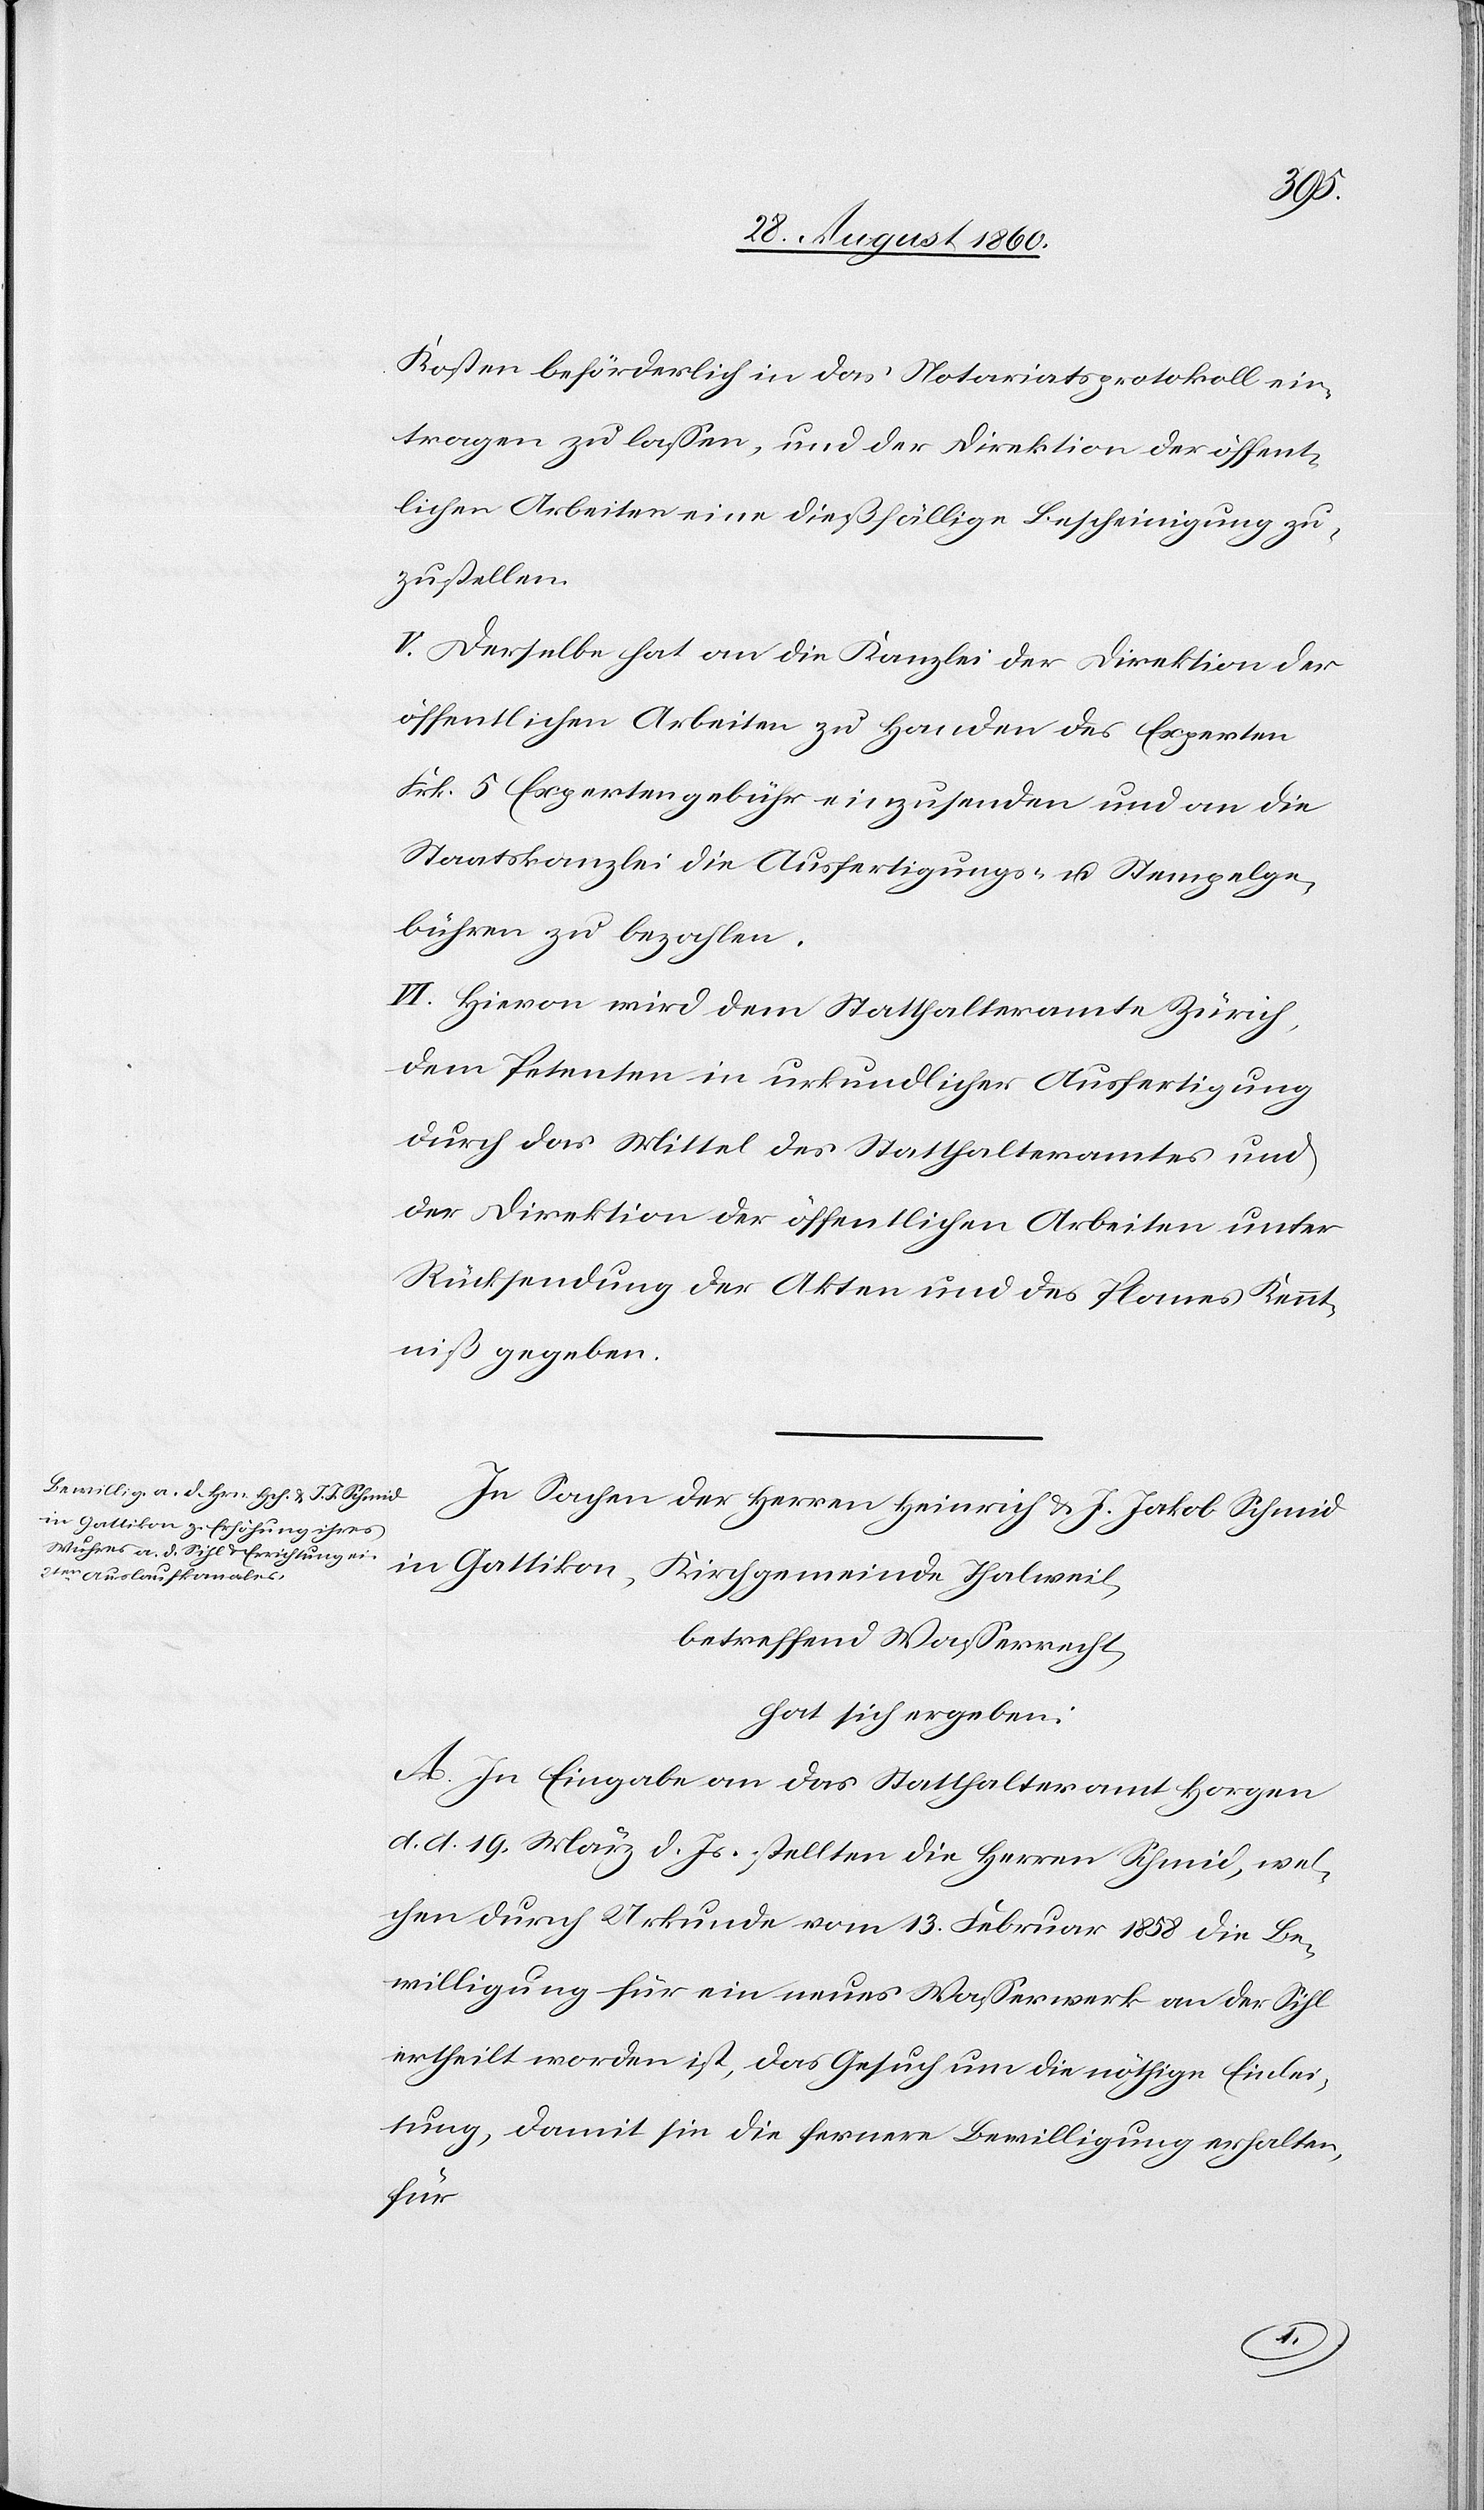
Kosten beförderlich in das Notariatsprotokoll ein¬
tragen zu lassen u. der Direktion der öffent¬
lichen Arbeiten eine diesfällige Bescheinigung zu¬
zustellen.
V. Derselbe hat an die Kanzlei der Direktion der
öffentlichen Arbeiten zu Handen des Experten
Frk. 5 Expertengebühr einzusenden u. an die
Staatskanzlei die Ausfertigungs- u. Stempelge¬
bühren zu bezahlen.
VI. Hievon wird dem Statthalteramte Zürich,
dem Petenten in urkundlicher Ausfertigung
durch das Mittel des Statthalteramtes u.
der Direktion der öffentlichen Arbeiten unter
Rücksendung der Akten u. des Planes Kennt¬
niss gegeben.
In Sachen der Herren Heinrich u. J. Jakob Schmid
in Gattikon, Kirchgemeinde Thalweil,
betreffend Wasserrecht
hat sich ergeben:
A. In Eingabe an das Statthalteramt Horgen
d. d. 19. März d. Js. stellten die Hrn. Schmid, wel¬
chen durch Urkunde vom 13. Hornung 1858 die Be¬
willigung für ein neues Wasserwerk an der Sihl
ertheilt worden ist, das Gesuch um die nöthige Einlei¬
tung, damit sie die fernere Bewilligung erhalten,
für